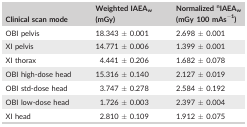
| Clinical scan mode | Weighted IAEAw (mGy) | Normalized nIAEAw (mGy 100 mAs−1) |
 | --- | --- | --- |
 | OBI pelvis | 18.343 ± 0.001 | 2.698 ± 0.001 |
 | XI pelvis | 14.771 ± 0.006 | 1.399 ± 0.001 |
 | XI thorax | 4.441 ± 0.206 | 1.682 ± 0.078 |
 | OBI high‐dose head | 15.316 ± 0.140 | 2.127 ± 0.019 |
 | OBI std‐dose head | 3.747 ± 0.278 | 2.584 ± 0.192 |
 | OBI low‐dose head | 1.726 ± 0.003 | 2.397 ± 0.004 |
 | XI head | 2.810 ± 0.109 | 1.912 ± 0.075 |